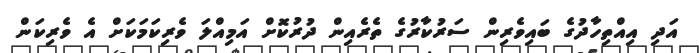
އަދި އިއްތިހާދުގެ ބައިވެރިން ސަރުކާރުގެ ތެރެއިން ދުރުކޮށް އަމިއްލަ ވެރިކަމަކަށް އެ ވެރިކަން